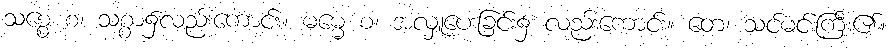
သစ္စေ စ၊ သစ္စာ၌လည်းကောင်း။ ဓမ္မေ စ၊ အလှူပေးခြင်း၌ လည်းကောင်း။ တေ၊ သင်မင်းကြီး၏။